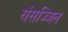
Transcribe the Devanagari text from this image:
संसज्जित